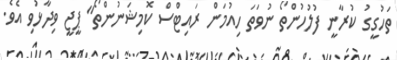
ތަހުގީގު ކުރާނީ ފުލުހުންތޯ ނުވަތަ ހިއުމަން ރައިޓްސް ކޮމިޝަނުންތޯ" ޕީޖީ ވިދާޅުވި އެވެ.